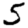
Digit: 5